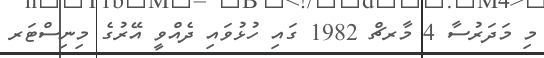
މި މަދަރުސާ 4 މާރޗް 1982 ގައި ހުޅުވައި ދެއްވީ އޭރުގެ މިނިސްޓަރ